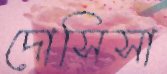
দোসিসা